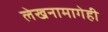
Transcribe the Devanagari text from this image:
लेखनामागेही